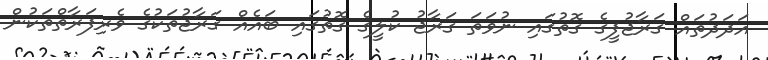
އަދަދުތައް ގަރާޖުފީގެ ގޮތުގައި ނުވަތަ ގަރާޖު ކުލީގެ ގޮތުގައި ބައެއް ގަރާޖުތަކުގެ ވެރިފަރާތްތަކުން